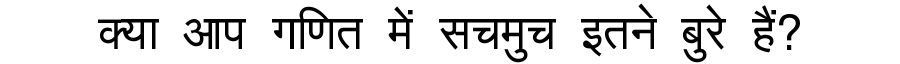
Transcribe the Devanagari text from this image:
क्या आप गणित में सचमुच इतने बुरे हैं?